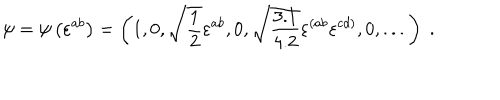
\psi = \psi \left( \varepsilon ^ { a b } \right) = \left( 1 , 0 , \sqrt { { \frac { 1 } { 2 } } } \varepsilon ^ { a b } , 0 , \sqrt { { \frac { 3 . 1 } { 4 . 2 } } } \varepsilon ^ { \left( a b \right. } \varepsilon ^ { \left. c d \right) } , 0 , . . . \right) \; .